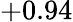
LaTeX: +0.94